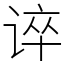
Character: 谇